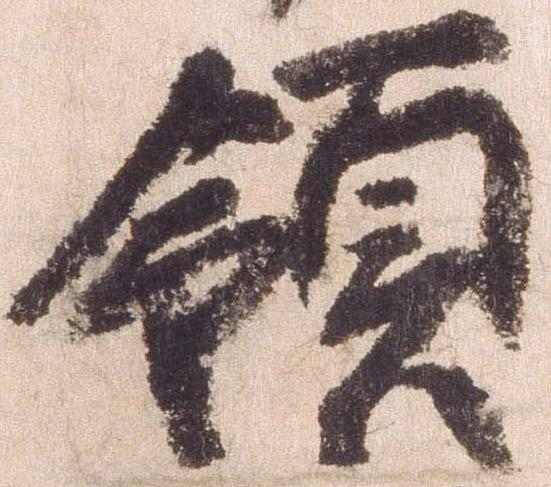
領